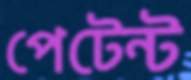
পেটেন্ট